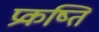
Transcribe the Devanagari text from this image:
प्रकष्ति